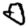
Digit: 0